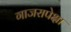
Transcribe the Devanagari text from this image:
गाजरापेक्षा